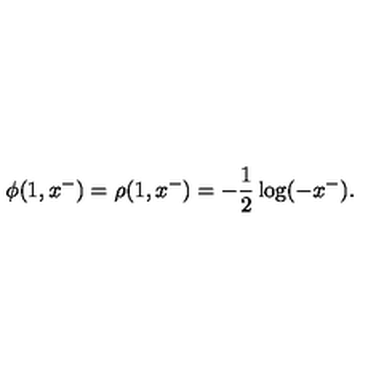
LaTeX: \phi ( 1 , x ^ { - } ) = \rho ( 1 , x ^ { - } ) = - { \frac { 1 } { 2 } } \log ( - x ^ { - } ) .